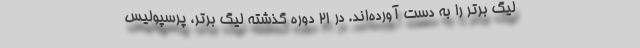
لیگ برتر را به دست آورده‌اند. در ۲۱ دوره گذشته لیگ برتر، پرسپولیس